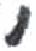
אות: ,